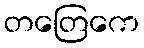
တတြေကေ